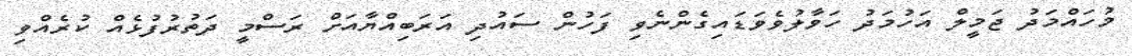
މުހައްމަދު ޖަމީލް އަހުމަދު ހަވާލުވެވަޑައިގެންނެވި ފަހުން ސައުދި އަރަބިއްޔާއަށް ރަސްމީ ދަތުރުފުޅެއް ކުރެއްވި